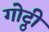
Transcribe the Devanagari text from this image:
गोट्ठी